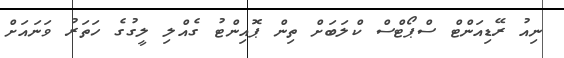
ނިއު ރޭޑިއަންޓް ސްޕޯޓްސް ކްލަބަށް ތިން ޕޮއިންޓު ގެއްލި ލީގުގެ ހަތަރު ވަނައަށް